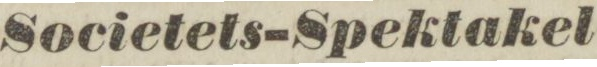
Societets-Spektakel